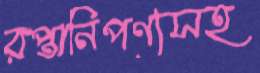
রপ্তানিপণ্যসহ